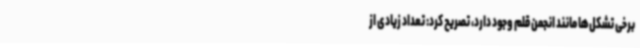
برخی تشکل‌ها مانند انجمن قلم وجود دارد، تصریح کرد: تعداد زیادی از